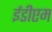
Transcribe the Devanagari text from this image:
ईडीएम